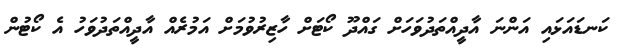
ކަނޑައަޅައި އަންނަ އާދީއްތަދުވަހަށް ގައްދޫ ކޯޓަށް ހާޒިރުވުމަށް އަމުރެއް އާދީއްތަދުވަހު އެ ކޯޓުން